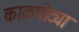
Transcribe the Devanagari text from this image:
काळपोट्या